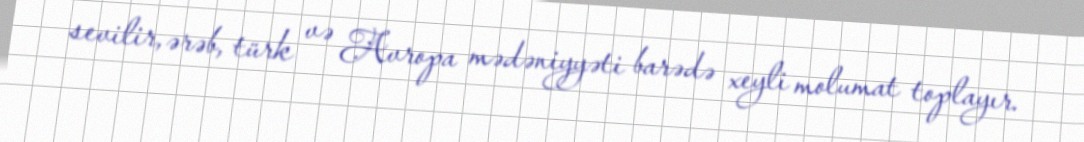
sevilir, ərəb, türk və Avropa mədəniyyəti barədə xeyli molumat toplayır.